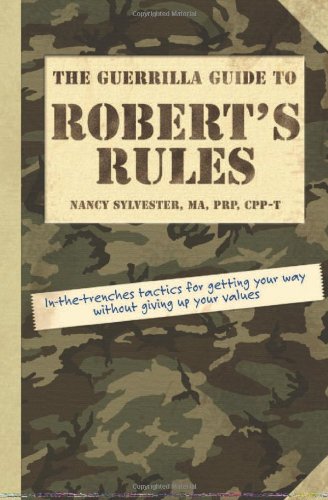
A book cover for The Guerrilla Guide to Robert's Rules; Nancy Sylvester MA  PRP  CPP-T; Reference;